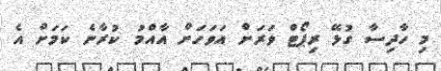
މި ހާދިސާ ގުޅޭ ރިޕޯޓް ވަރަށް އަވަހަށް އާއްމު ކުރާނެ ކަމަށް އެ